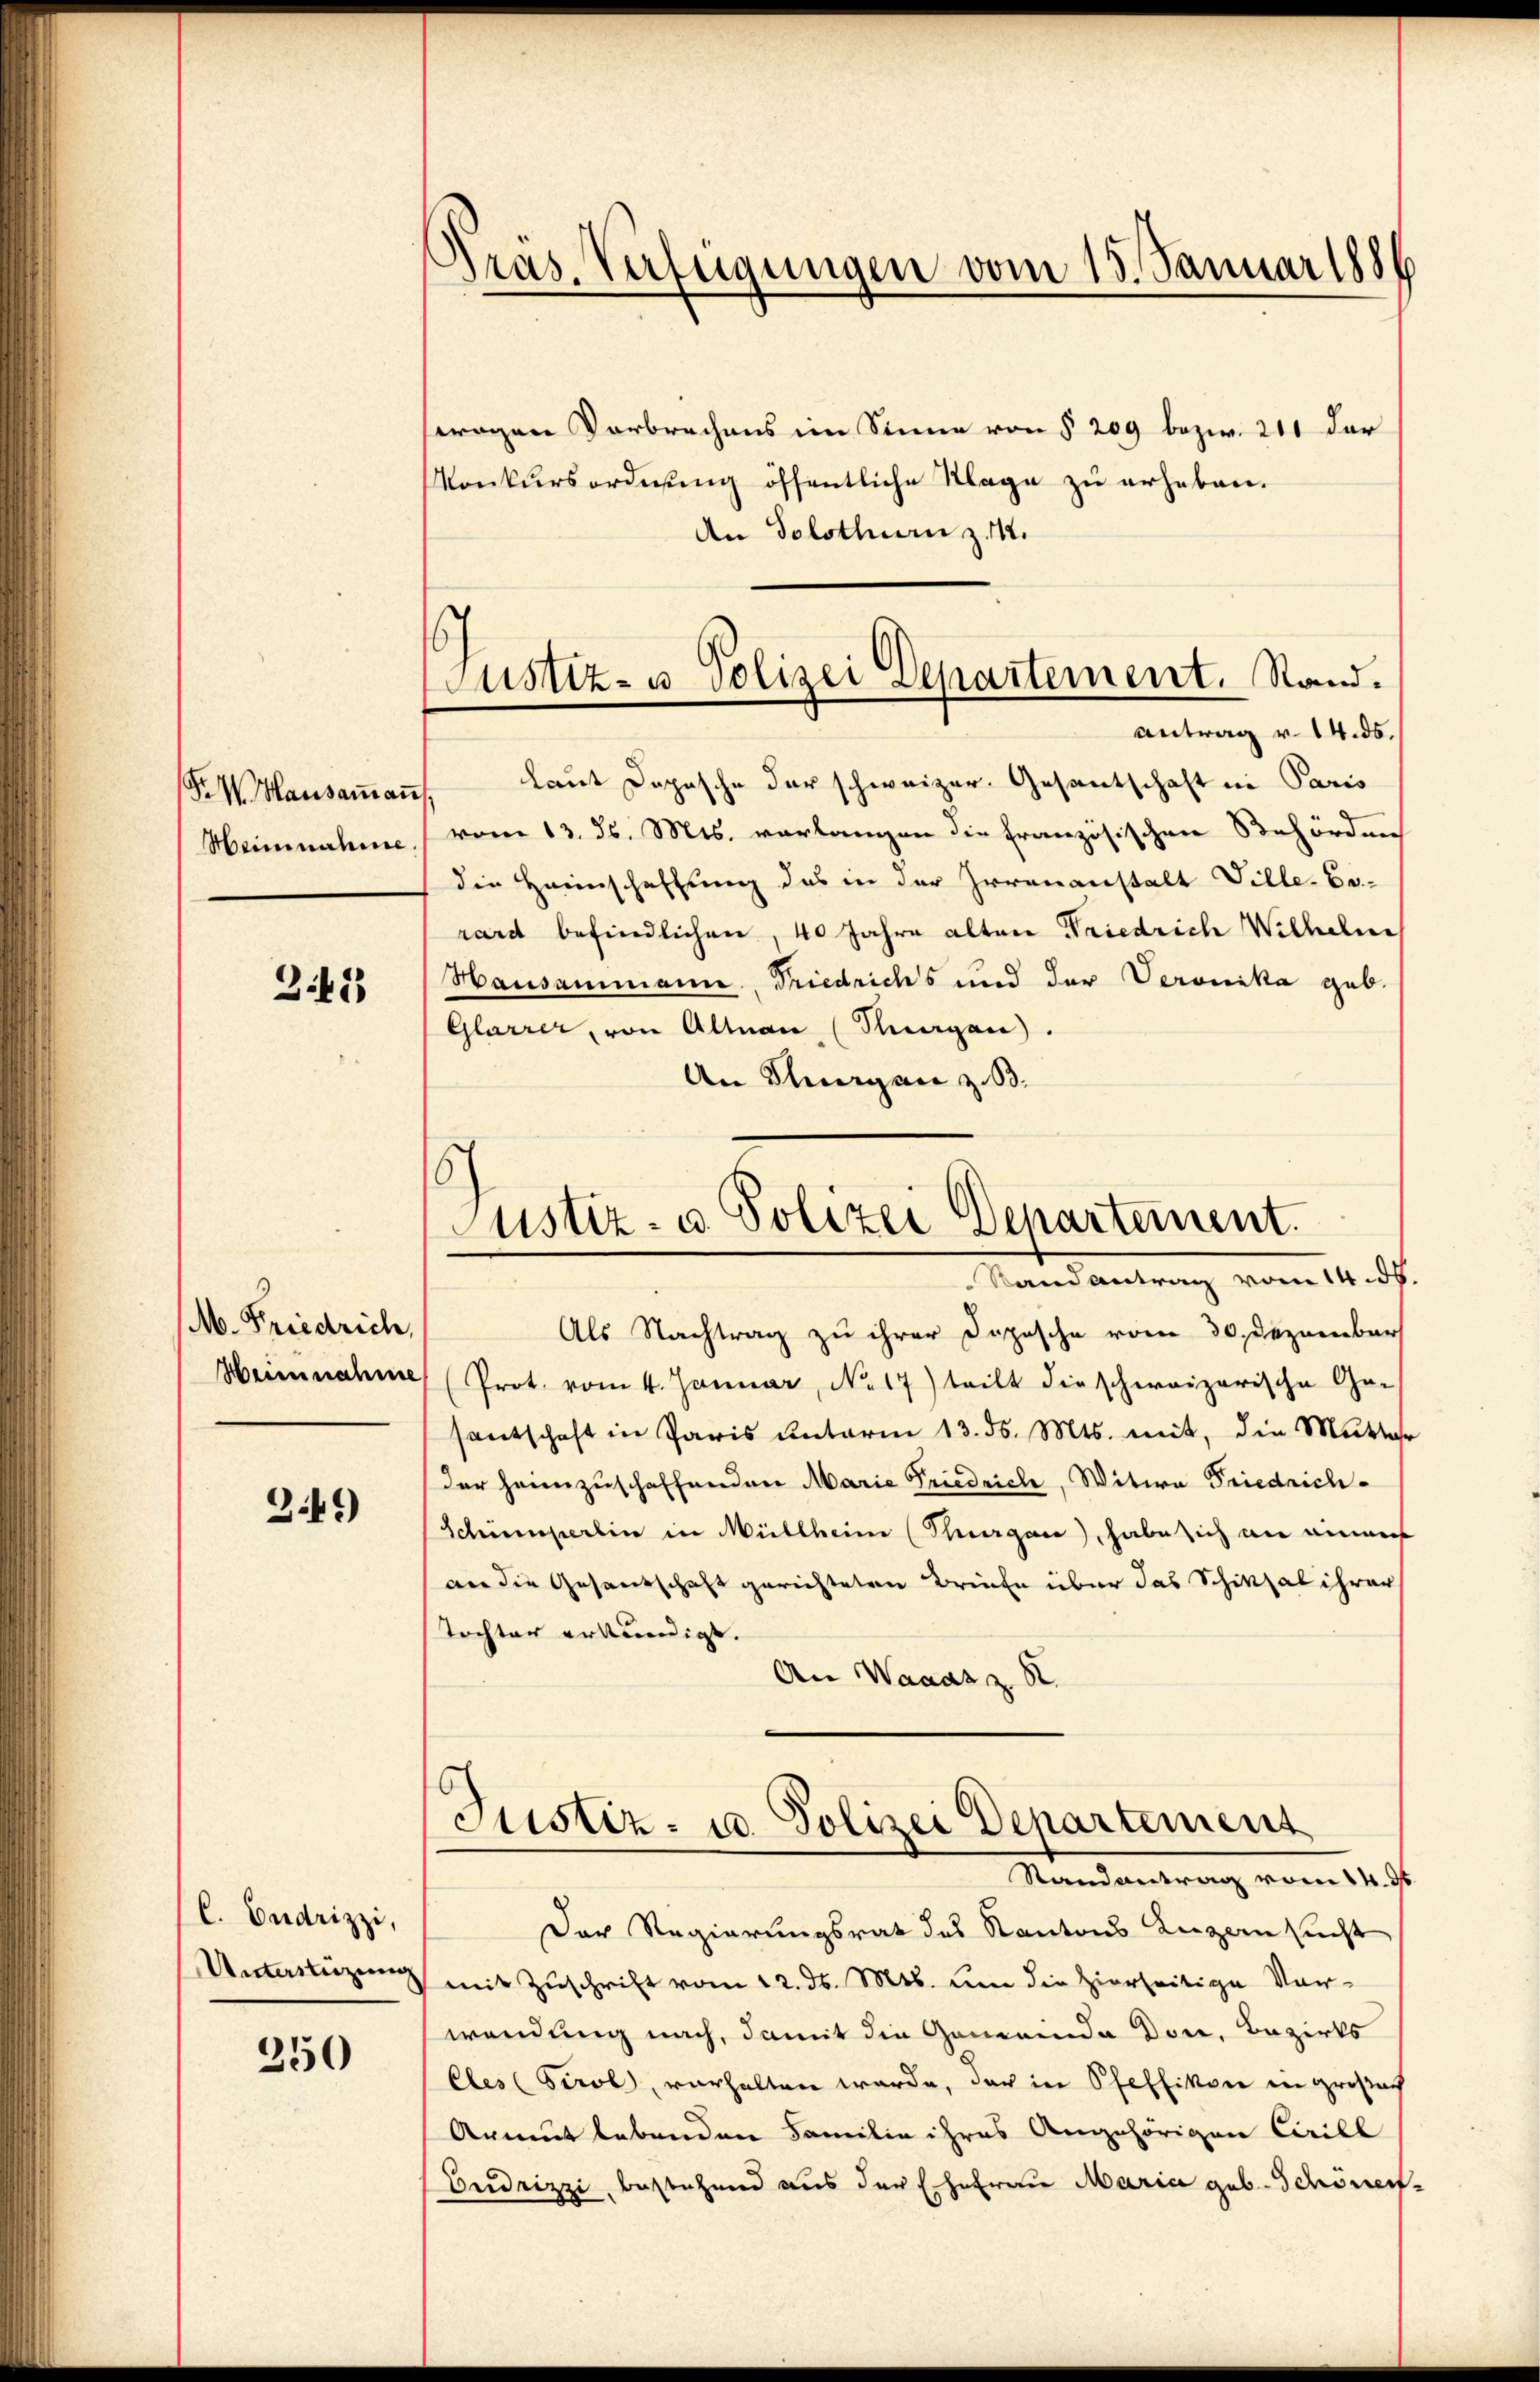
F. W. Hausaṁaṅ
Heinnahme

343

M. Friedrich,
Heinnahme

349)

C. Endrizzi,
Unterstüzung

350

Pras Verfügungen vom 15. Januar 1886

6
Justiz- u Polizei Departement. Stand.

Justiz- u. Polizei Departement.
Randantrag vom 14. ds

swagen Verbrechens im Sinne von § 209 bezw. 211 dar
Konkursordnung öffentliche Klage zu erheben.
An Solothurn z. 112.
Antrag v. 14. ds.
laut Dopische der schweizer. Gesantschaft in Paris
vom 13. ds. Mts. vorlangen die französischen Behörden
die Heimschaffung das in der Irrenanstalt Ville. Er-
rard befindlichen, 40 Jahre alten Friedrich Wilhelm
Hausammann, Friedrichs und der Veronika geb.
Glarrer, von Altnau (Surgau.
An Thurgan z. B.

Als Nachtrag zu ihrer Dopische vom 30. Dezember
(Prot. vom 4. Januar, No. 17) teilt dieschweizerische Ge-
santschaft in Paris unterm 13. ds. Mts. mit, die Mutter
der heimzuschaffenden Marie Friedrich, Witwe Friedrich¬
Schumperlin in Müllheim (Thurgau), habe sich an einaus
an die Gesandtschaft gerichteten Briefe über das Schiksal ihrer
Tochter erkundigt.
An Wanasz S
Justiz- u. Polizei Departement
Randantrag vom 14. ds
Der Regierungsrat des Kantons Luzern sucht
mit Zuschrift vom 12. ds. Mts. um die hierseitige Vor-
wendung nach, damit die Gemeinde Don, Bezirks
Eles Tirol, verhalten wurde, der in Pfeffikon in großac
Armut lebenden Familie ihres Angehörigen Cirill
Dudrizzi, bestehend aus der Ehefrau Maria geb. Schönen,